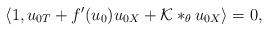
LaTeX: \begin{align*}\langle 1,u_{0T} + f'(u_{0})u_{0X} + \mathcal{K}*_{\theta}u_{0X}\rangle &= 0,\end{align*}